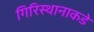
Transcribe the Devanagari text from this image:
गिरिस्थानाकडे